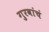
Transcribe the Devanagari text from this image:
गुरवांचं